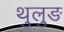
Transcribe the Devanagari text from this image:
थुलुङ